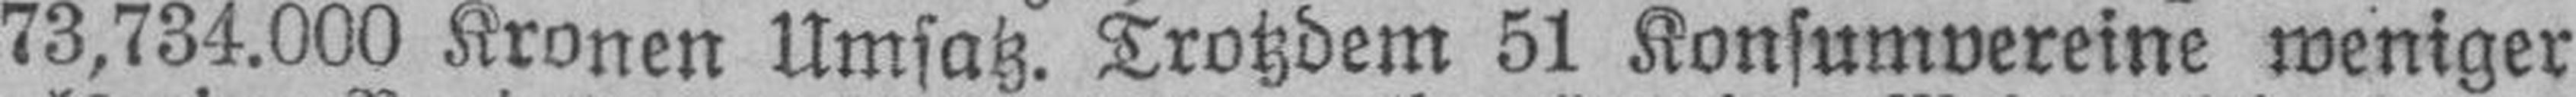
73,734.000 Kronen Umsatz. Trotzdem 51 Konsumvereine weniger